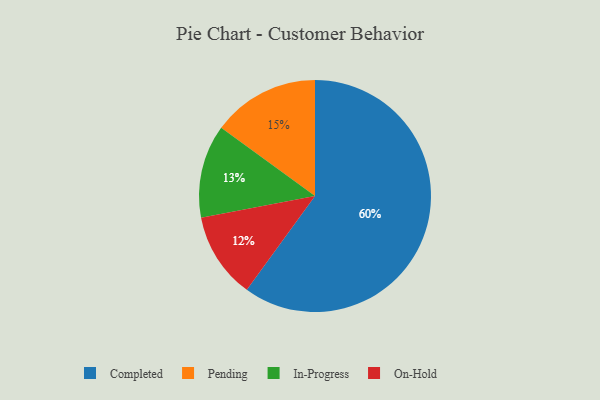
{"axis": {"x": "Category", "y": "Percentage"}, "legend": ["Completed", "In-Progress", "On-Hold", "Pending"], "data": [{"x": "In-Progress", "y": 13, "type": "In-Progress"}, {"x": "On-Hold", "y": 12, "type": "On-Hold"}, {"x": "Completed", "y": 60, "type": "Completed"}, {"x": "Pending", "y": 15, "type": "Pending"}]}